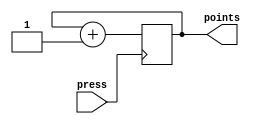
module add_point(
	input press,
	output reg [2:0] points
	);

	always @(posedge press)
	begin
		points <= points +3'b1;
	end
endmodule